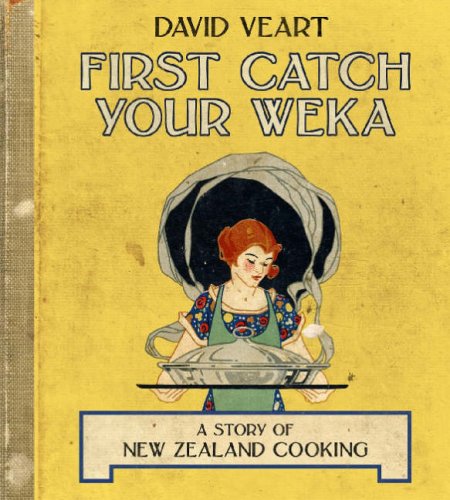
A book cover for First Catch Your Weka: The Story of New Zealand Cooking; David Veart; Cookbooks, Food & Wine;